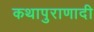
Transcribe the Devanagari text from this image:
कथापुराणादी